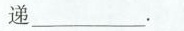
递___。